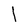
Character: I